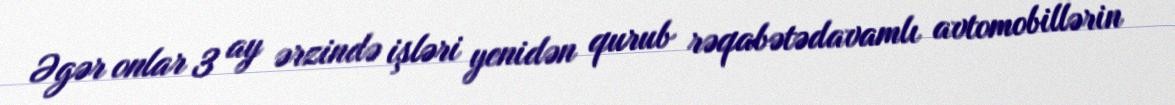
Əgər onlar 3 ay ərzində işləri yenidən qurub rəqabətədavamlı avtomobillərin